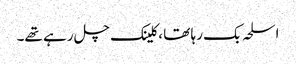
اسلحہ بک رہا تھا ، کلینک چل رہے تھے۔